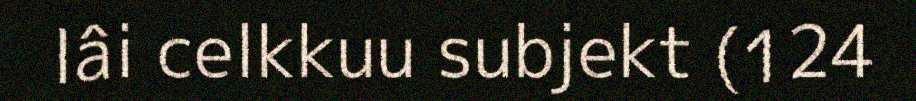
lâi celkkuu subjekt (124